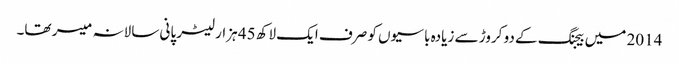
2014 میں بیجنگ کے دو کروڑ سے زیادہ باسیوں کو صرف ایک لاکھ 45 ہزار لیٹر پانی سالانہ میسر تھا۔